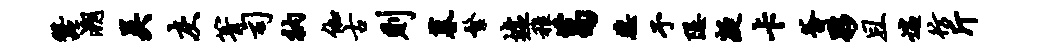
蚕溯吴灰箐司衲伽古则暮繁墟稚葛蕊予隐凝卡釜夥且遄彷斤